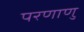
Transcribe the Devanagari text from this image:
परणाणु